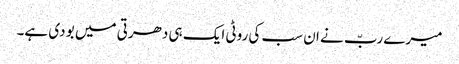
میرے ربّ نے ان سب کی روٹی ایک ہی دھرتی میں بو دی ہے۔